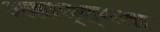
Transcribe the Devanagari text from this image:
असात्म्यता